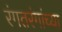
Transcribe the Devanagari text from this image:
रंगतरंगांच्या